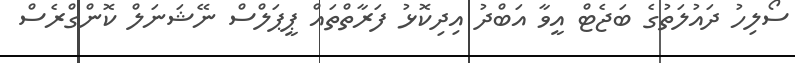
ސޯލިހު ދައުލަތުގެ ބަޖެޓް އީވާ އަބްދު އިދިކޮޅު ފަރާތްތައް ޕީޕަލްސް ނޭޝަނަލް ކޮންގްރެސް